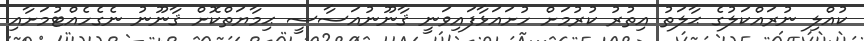
ކުއްލި ނުރައްކަލުގެ ޙާލަތު އިތުރު ކުރުމަށް ހުށައަޅާފައިވަނީ ޤާނޫނުއަސާސީ ޙިމާޔަތްކޮށް ޤާނޫނު ނެގެހެއްޓުމަށާއި